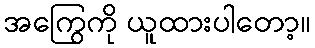
အကြွေကို ယူထားပါတော့။